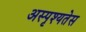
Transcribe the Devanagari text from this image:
अस्पृश्यतेस